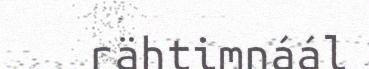
rähtimnáál